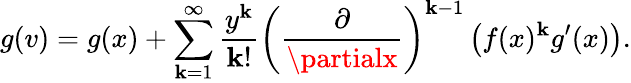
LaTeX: g(v)=g(x)+\sum_{\mathbf{k}=1}^{\infty}{\frac{{y^{\mathbf{k}}}}{{\mathbf{k}!}}}\left({\frac{{\partial}}{{\partialx}}}\right)^{\mathbf{k}-1}\left(f(x)^{\mathbf{k}}g^{\prime}(x)\right).